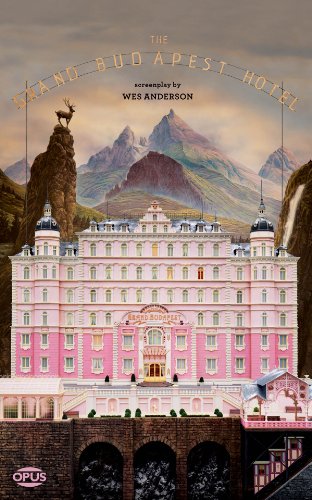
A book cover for The Grand Budapest Hotel: The Illustrated Screenplay (Opus Screenplay); Wes Anderson; Humor & Entertainment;